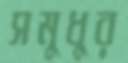
সমুধুর